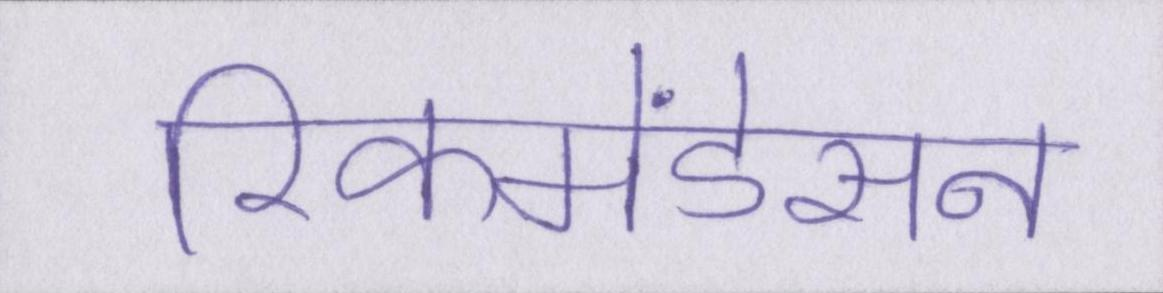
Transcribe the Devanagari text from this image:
रिकमेंडेसन